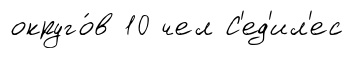
округо́в 10 чел С'ед'ил'ес